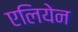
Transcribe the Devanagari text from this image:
एलियेन